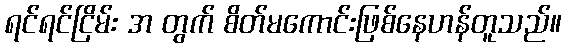
ရင်ရင်ငြိမ်း အ တွက် စိတ်မကောင်းဖြစ်နေဟန်တူသည်။